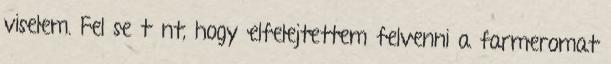
viselem. Fel se tűnt, hogy elfelejtettem felvenni a farmeromat